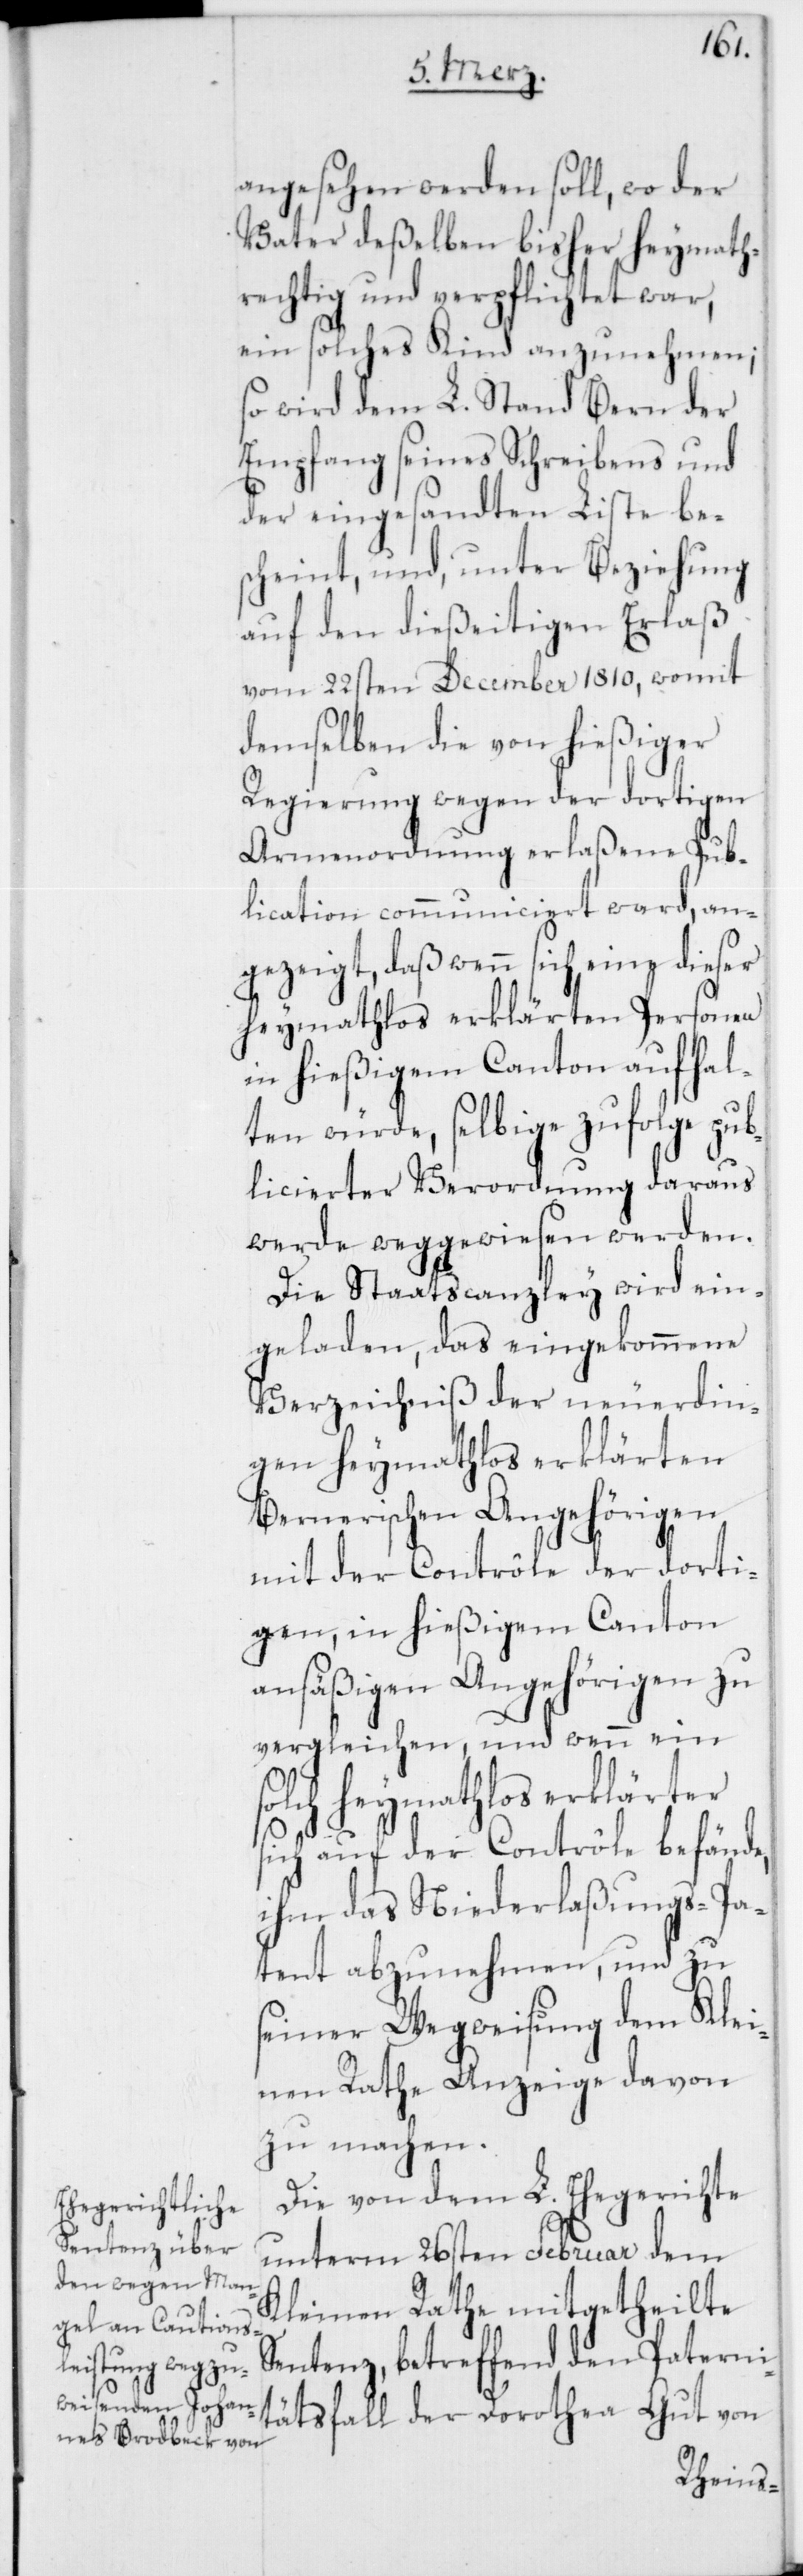
angesehen werden soll, wo der
Vater deßelben bisher heymath¬
rechtig und verpflichtet war,
ein solches Kind anzunehmen;
so wird dem L. Stand Bern der
Empfang seines Schreibens und
der eingesandten Liste be¬
scheint, und, unter Beziehung
auf den dießeitigen Erlaß
vom 22sten December 1810, womit
demselben die von hießiger
Regierung wegen der dortigen
Armenordnung erlaßene Pub¬
lication communiciert ward, an¬
gezeigt, daß wenn sich eine dieser
heymathlos erklärten Personen
in hießigem Canton aufhal¬
ten würde, selbige zufolge pub¬
licierter Verordnung daraus
werde weggewiesen werden.
Die Staatscanzley wird ein¬
geladen, das eingekommene
Verzeichniß der neuerdin¬
Bernerischen Angehörigen
mit der Contrôle der dorti¬
gen, in hießigem Canton
ansäßigen Angehörigen zu
vergleichen, und wenn ein
solch heymathlos erklärter
sich auf der Contrôle befände,
ihm das Niederlaßungs-Pa¬
tent abzunehmen, und zu
seiner Wegweisung dem Klei¬
nen Rathe Anzeige davon
zu machen.
Die von dem L. Ehegerichte
unterm 26sten Februar dem
Kleinen Rathe mitgetheilte
Sentenz, betreffend den Paterni¬
tätsfall der Dorothea Gut von